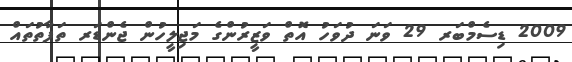
2009 ޑިސެމްބަރ 29 ވަނަ ދުވަހު އޮތް ވަޒީރުންގެ މަޖިލީހުން ޖެންޑަރ ތަފާތުތައް